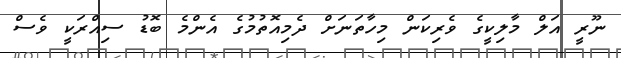
ނޫރީ އަލް މާލިކީގެ ވެރިކަން މިހާތަނަށް ދެމިއޮތުމުގެ އެންމެ ބޮޑު ސިއްރަކީ ވެސް